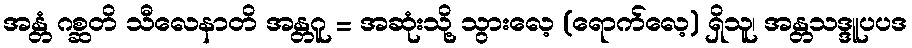
အန္တံ ဂစ္ဆတိ သီလေနာတိ အန္တဂူ = အဆုံးသို့ သွားလေ့ (ရောက်လေ့) ရှိသူ၊ အန္တသဒ္ဒူပပဒ